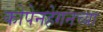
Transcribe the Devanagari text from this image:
कोपेनहेगनच्या